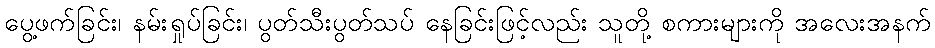
ပွေ့ဖက်ခြင်း၊ နမ်းရှုပ်ခြင်း၊ ပွတ်သီးပွတ်သပ် နေခြင်းဖြင့်လည်း သူတို့ စကားများကို အလေးအနက်